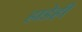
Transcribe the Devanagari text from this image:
हाडेही